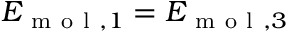
E _ { \mathrm { ~ m ~ o ~ l ~ } , 1 } = E _ { \mathrm { ~ m ~ o ~ l ~ } , 3 }